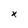
Character: x